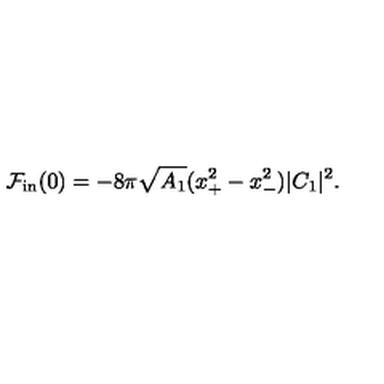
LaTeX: { \cal F } _ { \mathrm { i n } } ( 0 ) = - 8 \pi \sqrt { A _ { 1 } } ( x _ { + } ^ { 2 } - x _ { - } ^ { 2 } ) | C _ { 1 } | ^ { 2 } .